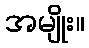
အမျိုး။